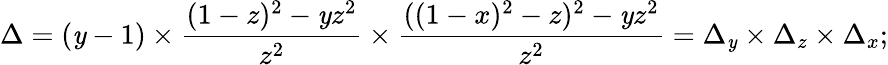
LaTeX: \Delta=(\mathit{y}-1)\times{\frac{{(1-z)^{2}-\mathit{y}z^{2}}}{{z^{2}}}}\times{\frac{{((1-x)^{2}-z)^{2}-\mathit{y}z^{2}}}{{z^{2}}}}=\Delta_{\mathit{y}}\times\Delta_{z}\times\Delta_{x};